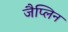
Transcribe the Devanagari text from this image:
जैप्लिन